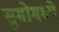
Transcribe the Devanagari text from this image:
सुमोमध्ये